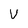
Character: V